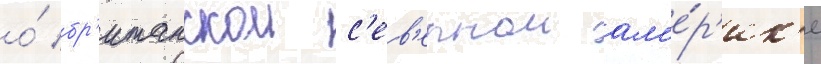
о́ бр'итанскои с'ев'ернои ам'е́р'ик'е